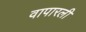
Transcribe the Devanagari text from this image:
वापारली